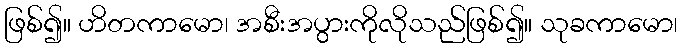
ဖြစ်၍။ ဟိတကာမော၊ အစီးအပွားကိုလိုသည်ဖြစ်၍။ သုခကာမော၊